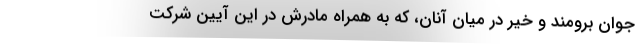
جوان برومند و خیر در میان آنان، که به همراه مادرش در این آیین شرکت